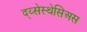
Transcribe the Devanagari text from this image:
द्य्सेस्थेसिअस